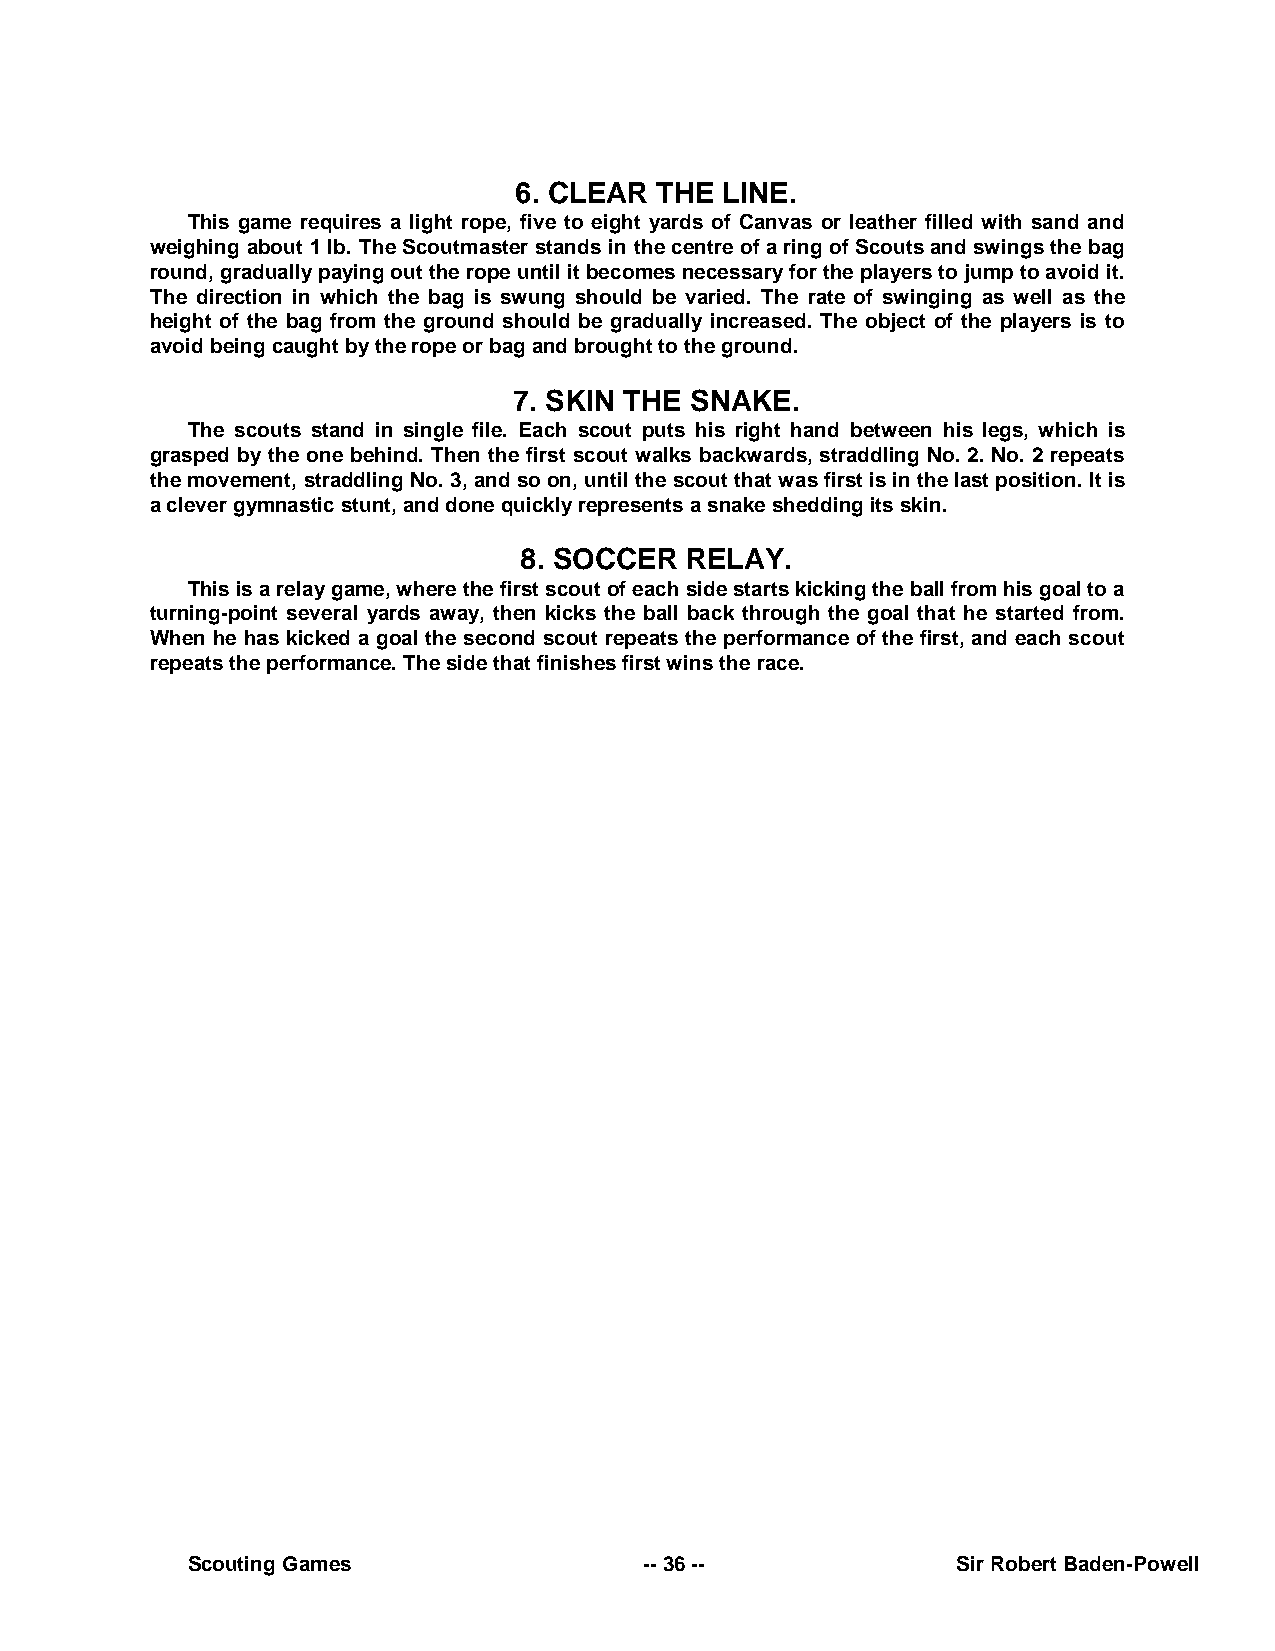
6. CLEAR THE  LINE.
 This game requires a light rope, five to eight yards of Canvas or leather filled with sand and
 weighing about 1 lb. The Scoutmaster stands in the centre of a ring of Scouts and swings the bag
 round, gradually paying out the rope until it becomes necessary for the players to jump to avoid it.
 The direction in which the bag is swung should be varied. The rate of swinging as well as the
 height of the bag from the ground should be gradually increased. The object of the players is to
 avoid being caught by the rope or bag and brought to the ground.
 7. SKIN THE SNAKE.
 The scouts stand in single file. Each scout puts his right hand between his legs, which is
 grasped by the one behind. Then the first scout walks backwards, straddling No. 2. No. 2 repeats
 the movement, straddling No. 3, and so on, until the scout that was first is in the last position. It is
 a clever gymnastic stunt, and done quickly represents a snake shedding its skin.
 8. SOCCER  RELAY.
 This is a relay game, where the first scout of each side starts kicking the ball from his goal to a
 turning-point several yards away, then kicks the ball back through the goal that he started from.
 When he has kicked a goal the second scout repeats the performance of the first, and each scout
 repeats the performance. The side that finishes first wins the race.
 Scouting Games                 -- 36 --            Sir Robert Baden-Powell